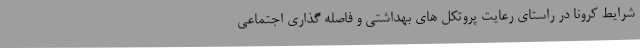
شرایط کرونا در راستای رعایت پروتکل های بهداشتی و فاصله گذاری اجتماعی